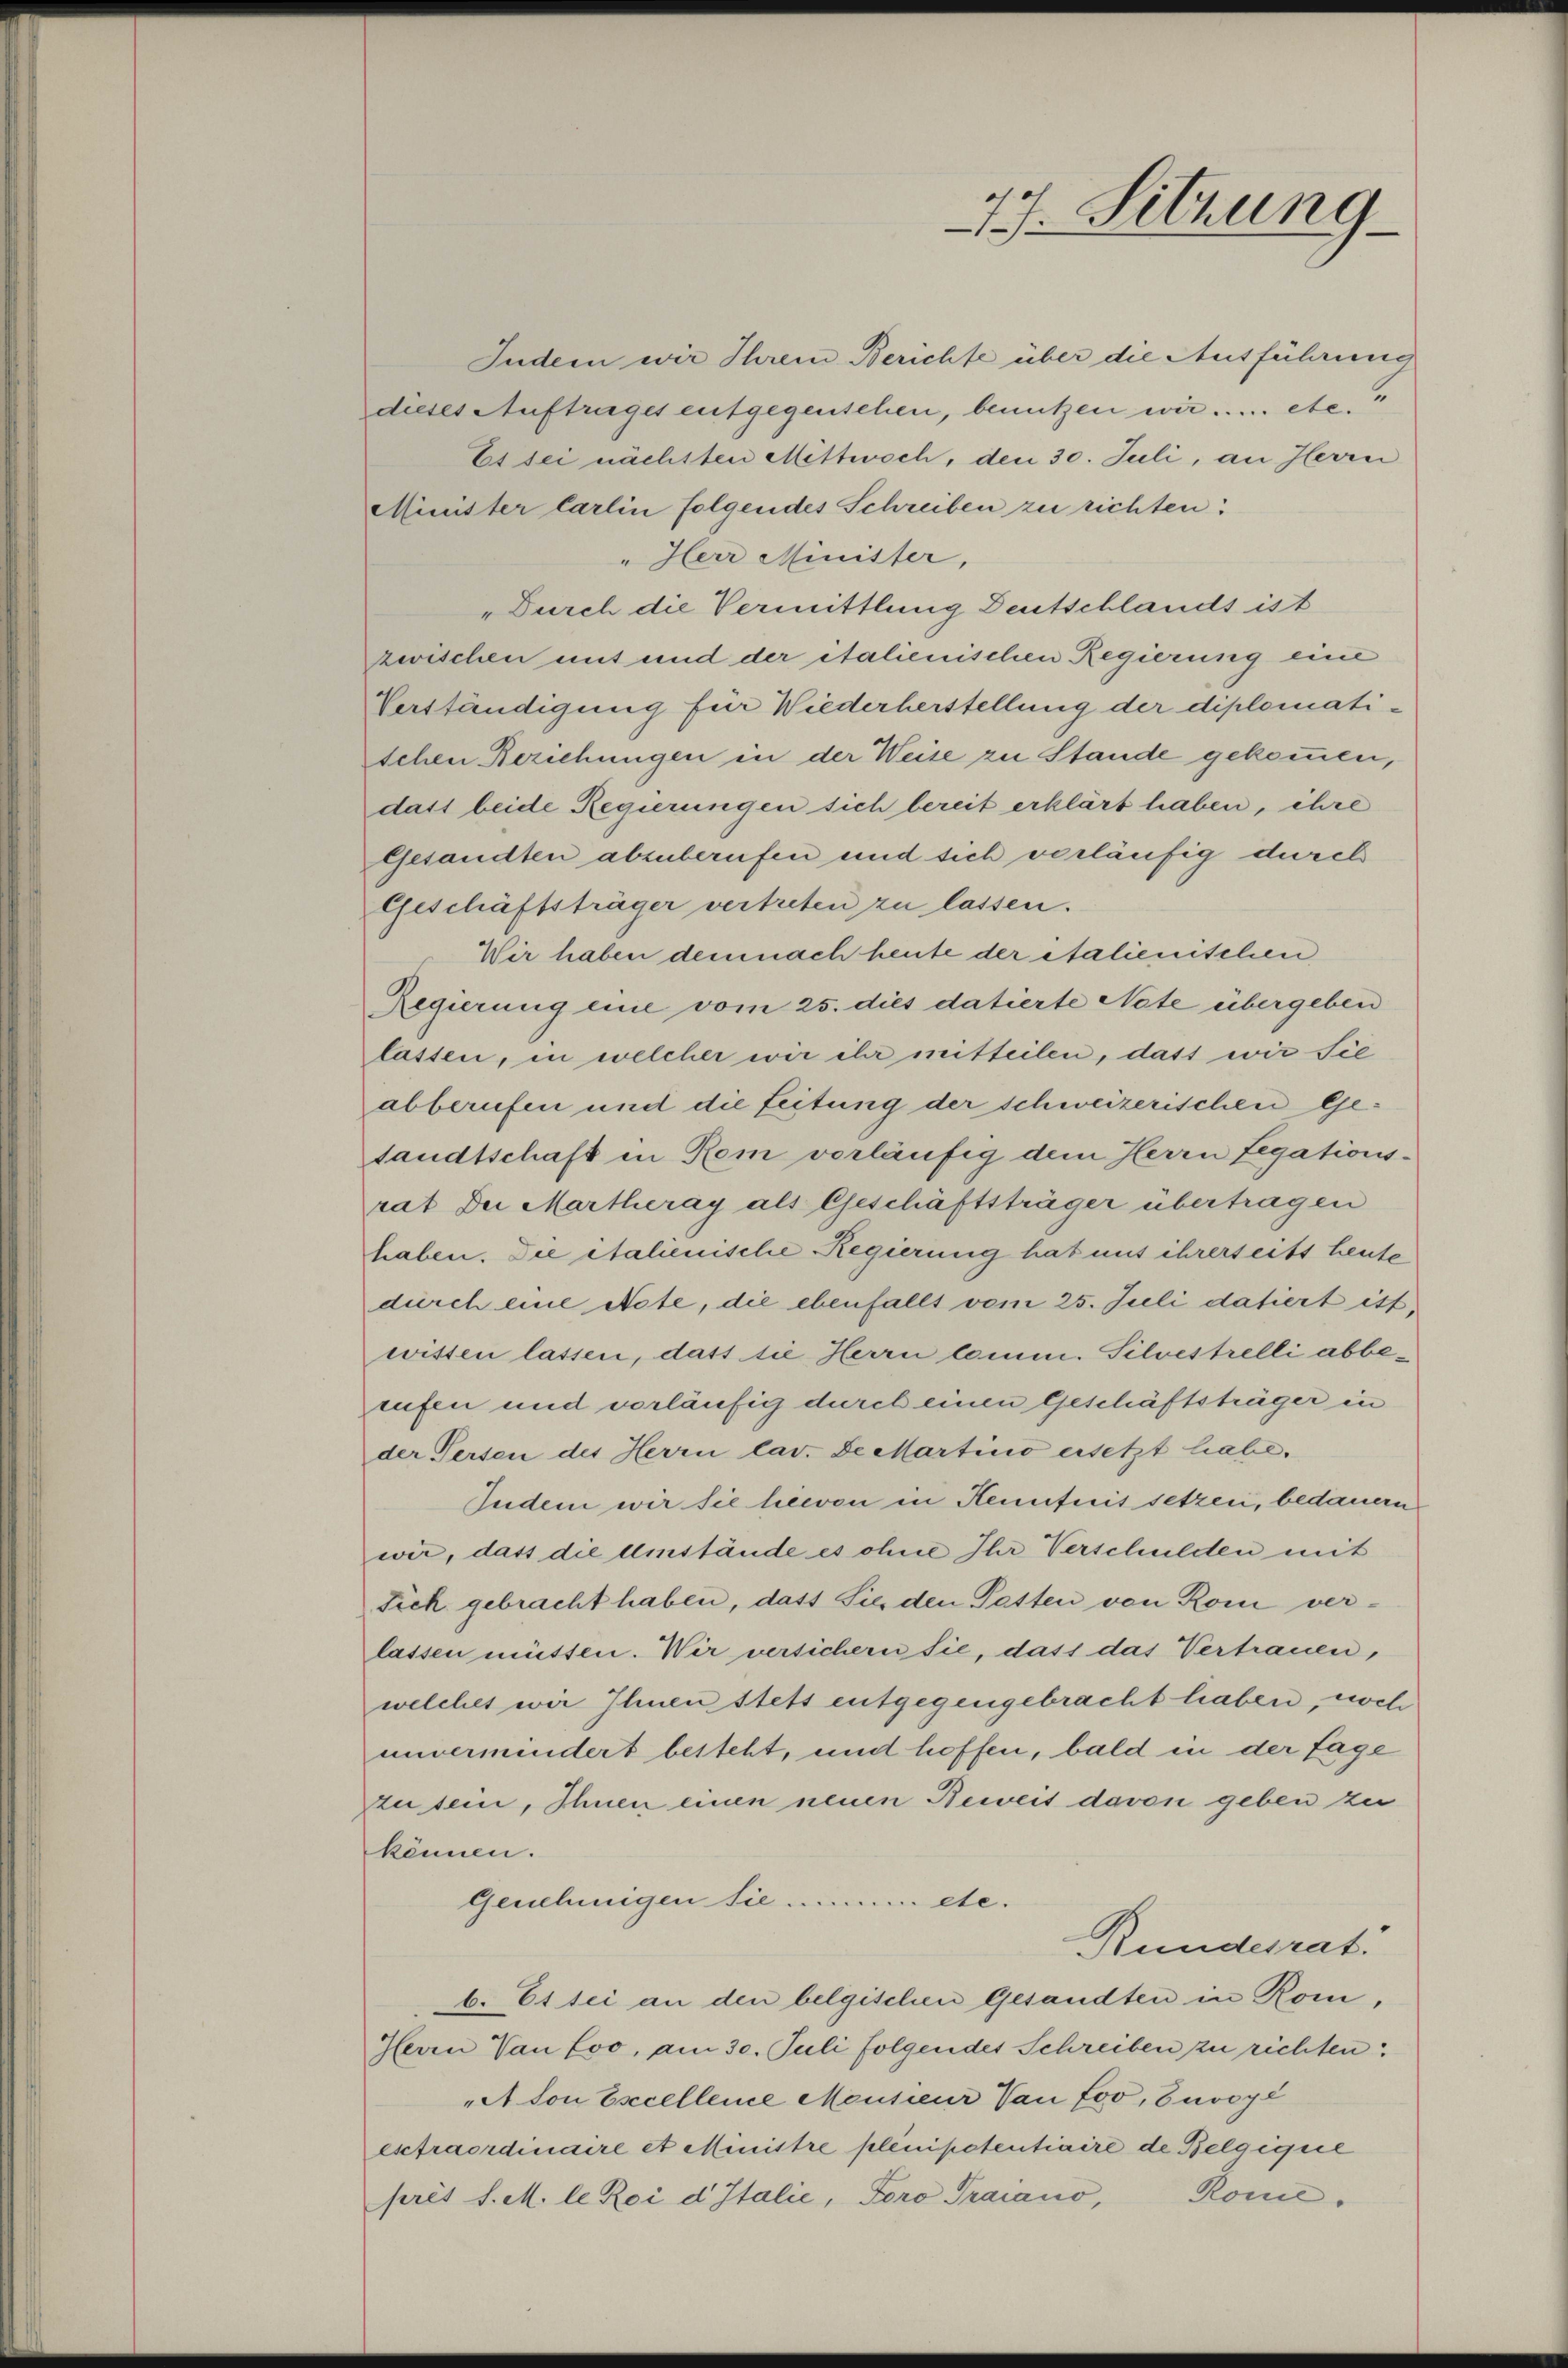
77. Sitzung

Minister Carlin folgendes Schreiben zu richten:
"Herr Minister,
"Durch die Vermittlung Deutschlands ist
zwischen mit und der italienischen Regierung eine
Verständigung für Wiederherstellung der diplomatischen Beziehungen in der Weise zu Stande gekommen,
dass beide Regierungen sich bereit erklärt haben, ihre
Gesandten abzuberufen und sich verläufig durch
Geschäftsträger vertreten zu lassen.
Wir haben demnach heute der italienischen
Regierung eine vom 25. dies datierte Note übergeben
lassen, in welcher wir ihr mitteilen, dass wir Sie
abberufen und die Leitung der schweizerischen Gesandtschaft in Rom vorläufig dem Herrn Legations-
rat Der Martheray als Geschäftsträger übertragen
haben. Die italienische Regierung hat mit ihrerseits heute
durch eine Note, die ebenfalls vom 25. Juli datiert ist,
wissen lassen, dass sie Herrn Comm. Silvestrelli abberufen und vorläufig durch einen Geschäftsträger in
der Versen des Herrn lav. Se Martinio ersetzt habe.
Indem wir sie hievon in Kenntnis setzen, bedauern
wir, dass die Umstände es ohne Ihr Verschulden mit
Fick gebracht haben, dass Sie den Pasten von Rom verlassen müssen. Wir versichern sie, dass das Vertrauen,
welches wir Ihnen stets entgegengebracht haben, noch
unvermindert besteht, und hoffen, bald in der sage
zu sein, Ihnen einen neuen Beweis davon geben zu
können.
Genehmigen sie nummete.
Rundesrat
b. Es sei an den belgischen Gesandten in Rom,
Herrn Van Loo, am 30. Juli folgendes Schreiben zu richten:
A Von Escellence Mensieur Vau foo, Envoyé
esctraordinaire et Ministre plenipotentiaire de Belgique
pris S. M. le Roi d Italie, Foro Traiano, Rome¬

Indem wir Ihrem Berichte über die Ausführung
dieses Auftrages entgegenschen, benutzen wir ..... etc.
Es sei nächsten Mittwoch, den 30. Juli, an Herrn